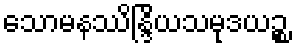
သောမနဿိန္ဒြိယသမုဒယဉ္စ